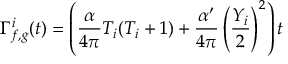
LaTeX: \Gamma _ { f , g } ^ { i } ( t ) = \left( \frac { \alpha } { 4 \pi } T _ { i } ( T _ { i } + 1 ) + \frac { \alpha ^ { \prime } } { 4 \pi } \left( \frac { Y _ { i } } { 2 } \right) ^ { 2 } \right) t